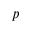
p